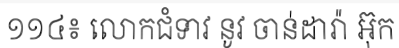
១១៤៖ លោកជំទាវ នូវ ចាន់ដារ៉ា អ៊ុក